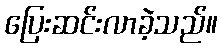
ပြေးဆင်းလာခဲ့သည်။